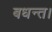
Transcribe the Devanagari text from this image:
बधन्त।